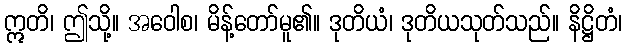
ဣတိ၊ ဤသို့။ အဝေါစ၊ မိန့်တော်မူ၏။ ဒုတိယံ၊ ဒုတိယသုတ်သည်။ နိဋ္ဌိတံ၊